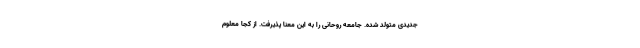
جدیدی متولد شده. جامعه روحانی را به این معنا پذیرفت. از کجا معلوم